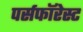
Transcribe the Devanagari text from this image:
पर्सफॉरेस्ट